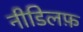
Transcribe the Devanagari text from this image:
नीडिलफ़